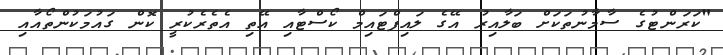
"ކަރަންޓުގެ ސާމާނުތަކަށް ބަލާއިރު އޭގެ ލައިފްޓައިމް ކޯސްޓާއި އޭތި އެތެރެކުރީ ކޮން ގައުމަކުންތޯއާއި